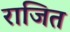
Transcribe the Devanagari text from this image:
राजित